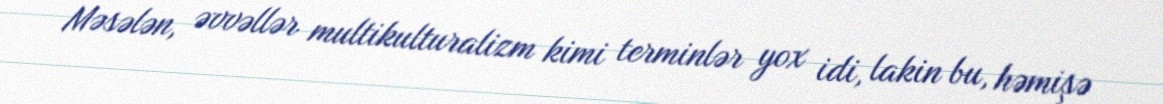
Məsələn, əvvəllər multikulturalizm kimi terminlər yox idi, lakin bu, həmişə